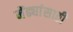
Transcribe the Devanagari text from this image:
मेंढ्यांसाठी